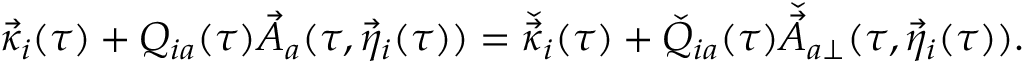
\vec { \kappa } _ { i } ( \tau ) + Q _ { i a } ( \tau ) \vec { A } _ { a } ( \tau , \vec { \eta } _ { i } ( \tau ) ) = \check { \vec { \kappa } } _ { i } ( \tau ) + \check { Q } _ { i a } ( \tau ) \check { \vec { A } } _ { a \perp } ( \tau , \vec { \eta } _ { i } ( \tau ) ) .